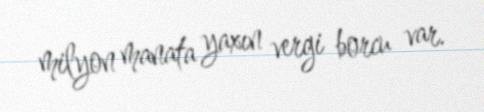
milyon manata yaxın vergi borcu var.